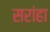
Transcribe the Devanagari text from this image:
सरांहा